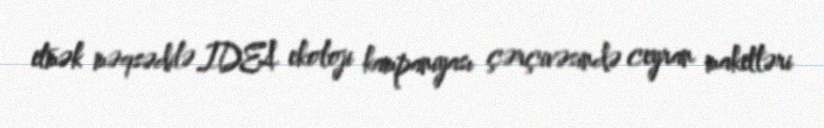
etmək məqsədilə IDEA ekoloji kampaniyası çərçivəsində ceyran maketləri